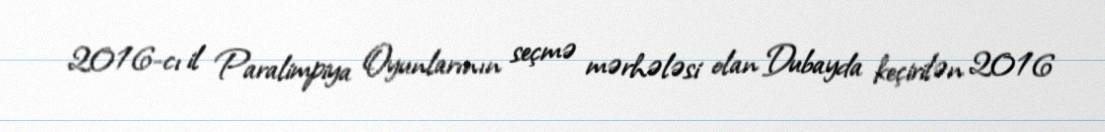
2016-cı il Paralimpiya Oyunlarının seçmə mərhələsi olan Dubayda keçirilən 2016